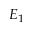
E _ { 1 }